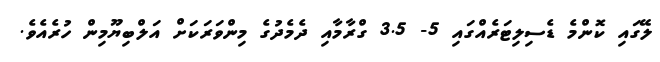
ލޭގައި ކޮންމެ ޑެސިލިޓަރެއްގައި 5- 3.5 ގްރާމާއި ދެމެދުގެ މިންވަރަކަށް އަލްބިޔޫމިން ހުރެއެވެ.